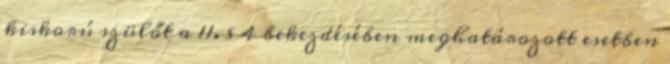
kiskorú szülőt a 11. § 4 bekezdésében meghatározott esetben